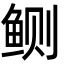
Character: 鲗